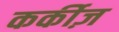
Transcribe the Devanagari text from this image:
कर्कीज़